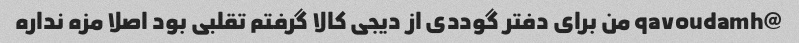
@qavoudamh من برای دفتر گوددی از دیجی کالا گرفتم تقلبی بود اصلا مزه نداره